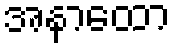
အနာထော